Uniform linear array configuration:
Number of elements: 24
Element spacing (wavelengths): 0.5
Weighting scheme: kaiser
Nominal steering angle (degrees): -30
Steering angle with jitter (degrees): -31.693
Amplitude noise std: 0.05
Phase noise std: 0.05

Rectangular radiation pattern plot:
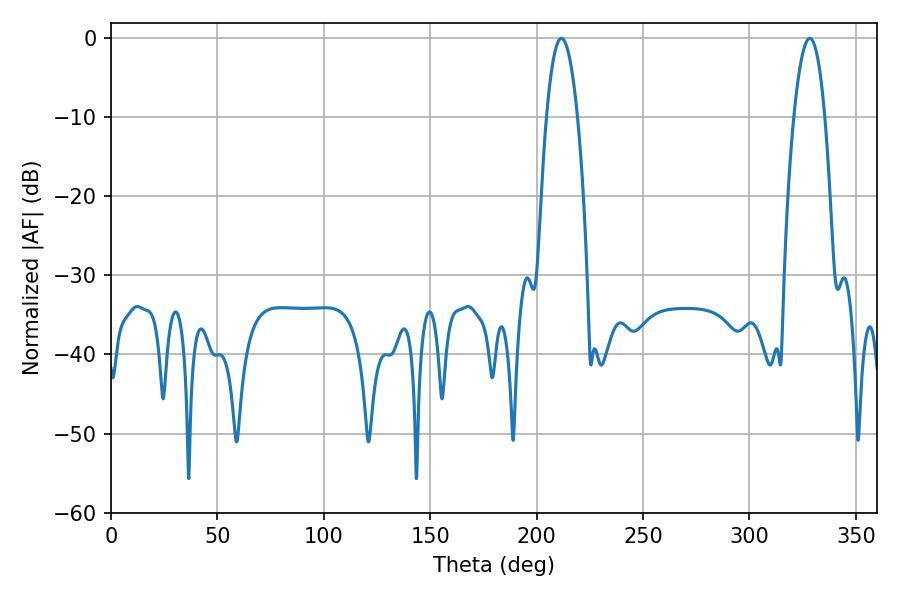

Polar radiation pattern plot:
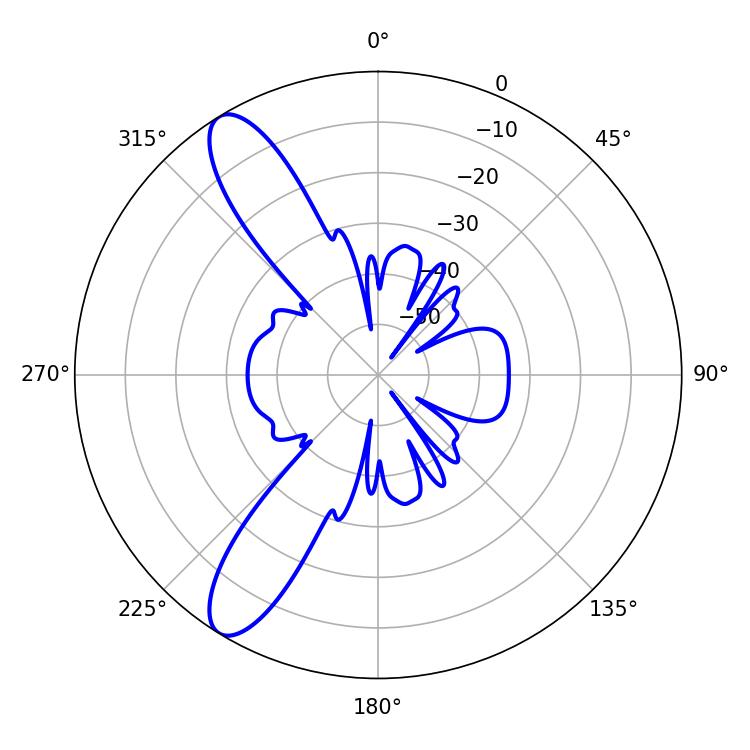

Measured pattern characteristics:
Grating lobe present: FALSE
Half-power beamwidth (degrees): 8.1
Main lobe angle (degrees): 211.68